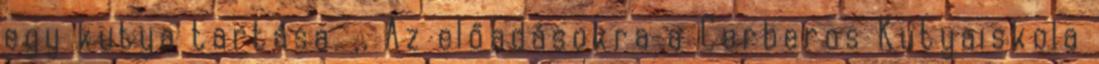
egy kutya tartása. ,, Az előadásokra a Cerberos Kutyaiskola